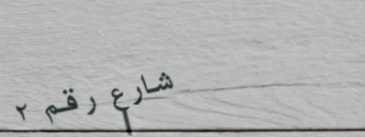
شارع رقم ٢